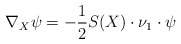
\begin{align*}\nabla_X\psi=-\frac{1}{2}S(X)\cdot\nu_1\cdot\psi\end{align*}